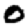
Digit: 0